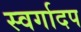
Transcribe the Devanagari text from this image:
स्वर्गादप